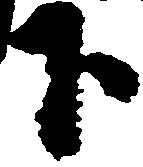
下